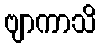
ဗျာကာသိ